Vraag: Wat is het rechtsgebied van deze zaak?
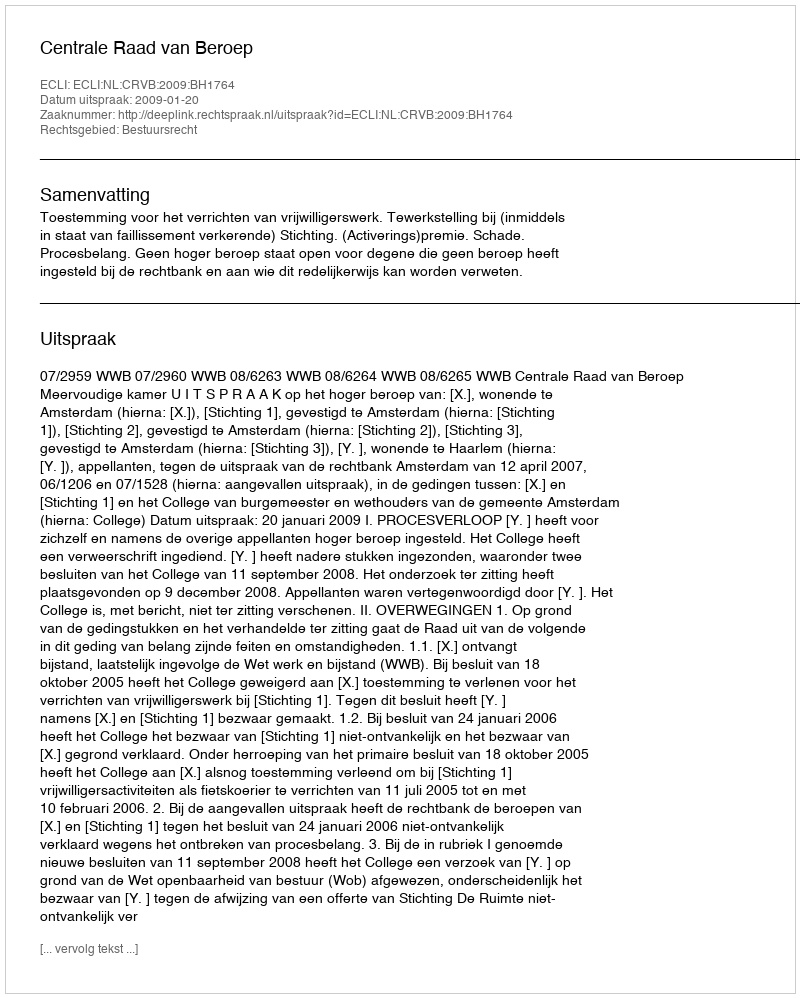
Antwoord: Bestuursrecht